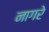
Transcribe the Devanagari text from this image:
नागरे